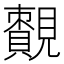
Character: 𧢔